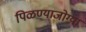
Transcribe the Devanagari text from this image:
पिळण्याजोग्या